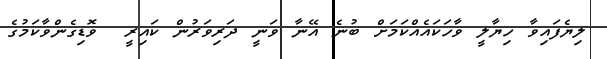
ލިޔެފައިވާ ހިޔާލީ ވާހަކައެއްކަމަށް ބުނެ އޭނާ ވަނީ ދަރިވަރުން ކައިރީ  ވޮޑިގެންވާކަމުގެ